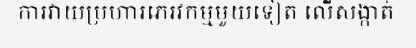
ការវាយប្រហារភេរវកម្មមួយទៀត លើសង្កាត់